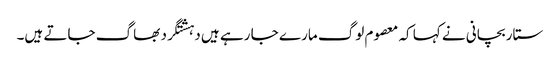
ستار بچانی نے کہا کہ معصوم لوگ مارے جا رہے ہیں دہشتگرد بھاگ جاتے ہیں۔